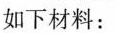
如下材料: